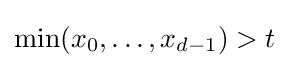
\min(x_{0},\ldots ,x_{d-1})>t